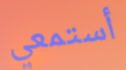
أستمعي